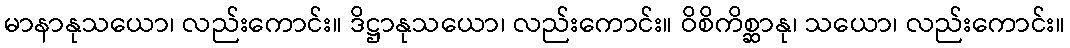
မာနာနုသယော၊ လည်းကောင်း။ ဒိဋ္ဌာနုသယော၊ လည်းကောင်း။ ဝိစိကိစ္ဆာနု၊ သယော၊ လည်းကောင်း။